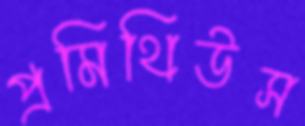
প্রমিথিউস